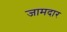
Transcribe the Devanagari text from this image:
जामदार